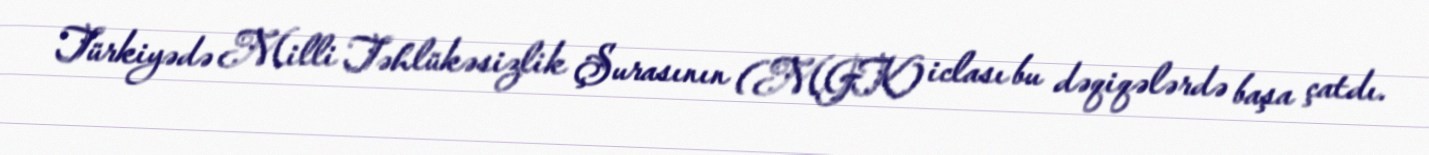
Türkiyədə Milli Təhlükəsizlik Şurasının (MGK) iclası bu dəqiqələrdə başa çatdı.